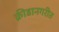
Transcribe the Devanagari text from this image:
क्रीडानगरीत